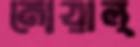
মোয়াল্